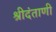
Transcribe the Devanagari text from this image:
श्रीदंताणी